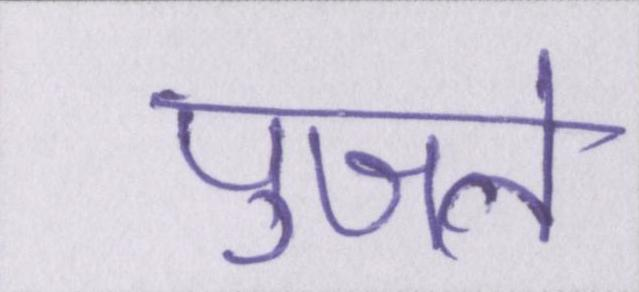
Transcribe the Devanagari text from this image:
पुजते